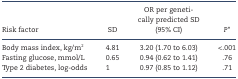
| Risk factor | SD | OR per genetically predicted SD (95% CI) | P* |
 | --- | --- | --- | --- |
 | Body mass index, kg/m2 | 4.81 | 3.20 (1.70 to 6.03) | <.001 |
 | Fasting glucose, mmol/L | 0.65 | 0.94 (0.62 to 1.41) | .76 |
 | Type 2 diabetes, log-odds | 1 | 0.97 (0.85 to 1.12) | .71 |